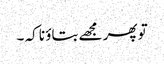
تو پھر مجھے بتاؤ نا کہ ۔